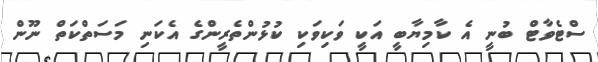
ސްޓެވާޓް ބުނީ އެ ކާމިޔާބީ އަކީ ވަކިވަކި ކުޅުންތެރީންގެ އެކަނި މަސަތްކަތް ނޫން